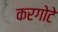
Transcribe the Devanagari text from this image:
करगोटे